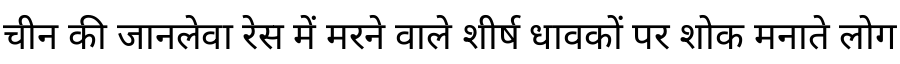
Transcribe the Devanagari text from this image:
चीन की जानलेवा रेस में मरने वाले शीर्ष धावकों पर शोक मनाते लोग